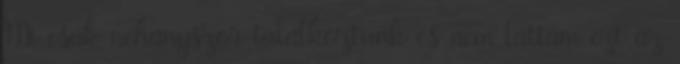
Mi csak néhányszor találkoztunk és nem láttam ezt az